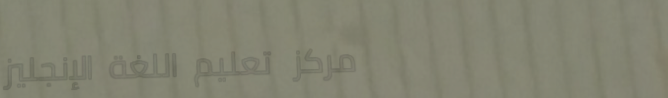
مركز تعليم اللغة الإنجليز